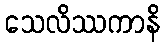
သေလိဿကာနိ